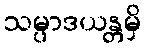
သမ္ပာဒယန္တမှိ